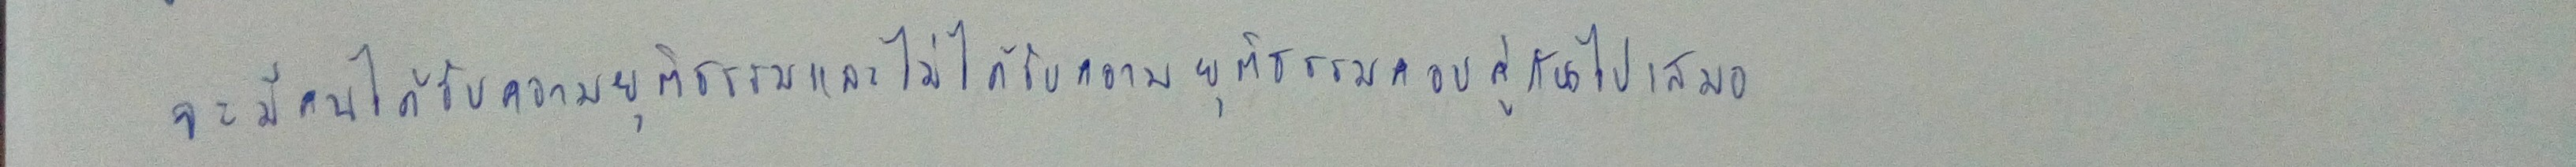
จะมีคนได้รับความยุติธรรมและไม่ได้รับความยุติธรรมควบคู่กันไปเสมอ